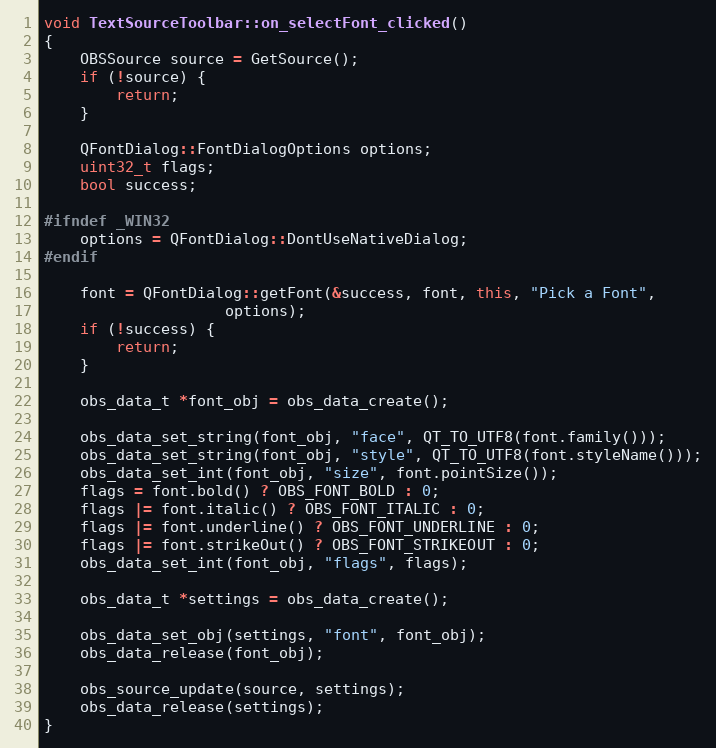
Language: C++
void TextSourceToolbar::on_selectFont_clicked()
{
	OBSSource source = GetSource();
	if (!source) {
		return;
	}

	QFontDialog::FontDialogOptions options;
	uint32_t flags;
	bool success;

#ifndef _WIN32
	options = QFontDialog::DontUseNativeDialog;
#endif

	font = QFontDialog::getFont(&success, font, this, "Pick a Font",
				    options);
	if (!success) {
		return;
	}

	obs_data_t *font_obj = obs_data_create();

	obs_data_set_string(font_obj, "face", QT_TO_UTF8(font.family()));
	obs_data_set_string(font_obj, "style", QT_TO_UTF8(font.styleName()));
	obs_data_set_int(font_obj, "size", font.pointSize());
	flags = font.bold() ? OBS_FONT_BOLD : 0;
	flags |= font.italic() ? OBS_FONT_ITALIC : 0;
	flags |= font.underline() ? OBS_FONT_UNDERLINE : 0;
	flags |= font.strikeOut() ? OBS_FONT_STRIKEOUT : 0;
	obs_data_set_int(font_obj, "flags", flags);

	obs_data_t *settings = obs_data_create();

	obs_data_set_obj(settings, "font", font_obj);
	obs_data_release(font_obj);

	obs_source_update(source, settings);
	obs_data_release(settings);
}